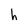
Character: h